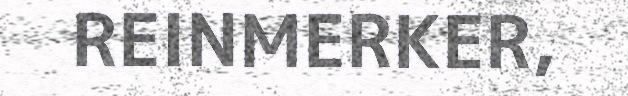
REINMERKER,